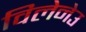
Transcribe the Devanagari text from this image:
विलेनेउ